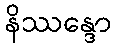
နိဿန္ဒော